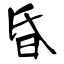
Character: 昏